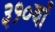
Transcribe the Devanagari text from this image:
३१०वाँ